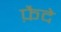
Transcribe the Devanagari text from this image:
फ़ैदे